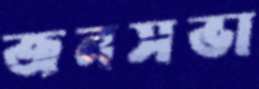
জনসভা